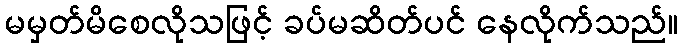
မမှတ်မိစေလိုသဖြင့် ခပ်မဆိတ်ပင် နေလိုက်သည်။